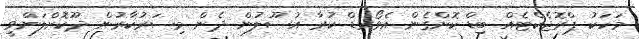
މަހަކު ޕްރޮޖެކްޓެއް ބިޑް ކޮށްގެން އެވޯރޑް ކުރާ އުސޫލުން ދެން މިސަރުކާރުން ދޫކޮށްލަންވީ